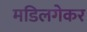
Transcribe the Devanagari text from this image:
मडिलगेकर